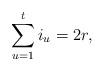
LaTeX: \begin{align*}\sum_{u = 1}^t i_u = 2r,\end{align*}